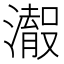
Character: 𱩠